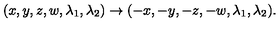
( x , y , z , w , \lambda _ { 1 } , \lambda _ { 2 } ) \to ( - x , - y , - z , - w , \lambda _ { 1 } , \lambda _ { 2 } ) .